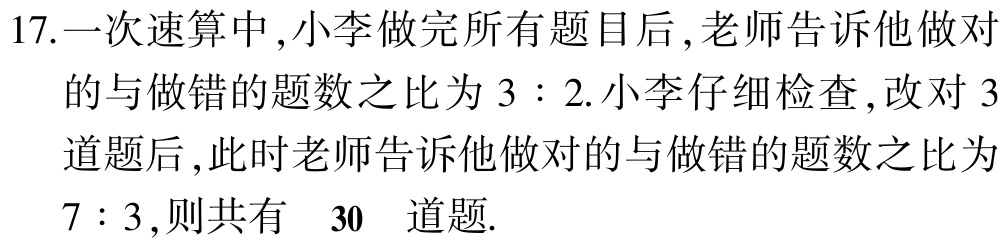
17.一次速算中,小李做完所有题目后,老师告诉他做对

的与做错的题数之比为 \(3:2\).小李仔细检查,改对 \(3\)

道题后,此时老师告诉他做对的与做错的题数之比为

\(7:3\),则共有 \(30\) 道题.